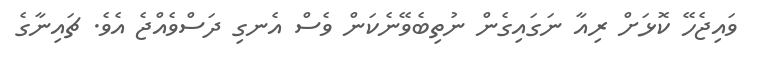
ވައިޖެހޭ ކޮޅަށް ރިއާ ނަގައިގެން ނުތިބެވޭނެކަން ވެސް އެނގި ދަސްވެއްޖެ އެވެ. ޗައިނާގެ